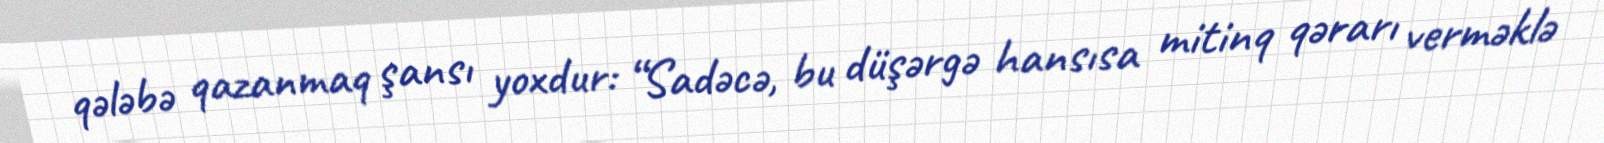
qələbə qazanmaq şansı yoxdur: “Sadəcə, bu düşərgə hansısa mitinq qərarı verməklə